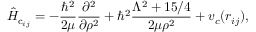
\hat { H } _ { \mathrm { c } _ { i j } } = - \frac { \hbar ^ { 2 } } { 2 \mu } \frac { \partial ^ { 2 } } { \partial \rho ^ { 2 } } + \hbar ^ { 2 } \frac { \Lambda ^ { 2 } + 1 5 / 4 } { 2 \mu \rho ^ { 2 } } + v _ { c } ( r _ { i j } ) ,